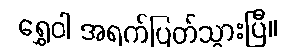
ရွှေဝါ အရက်ပြတ်သွားပြီ။